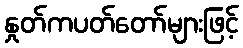
နှုတ်ကပတ်တော်များဖြင့်